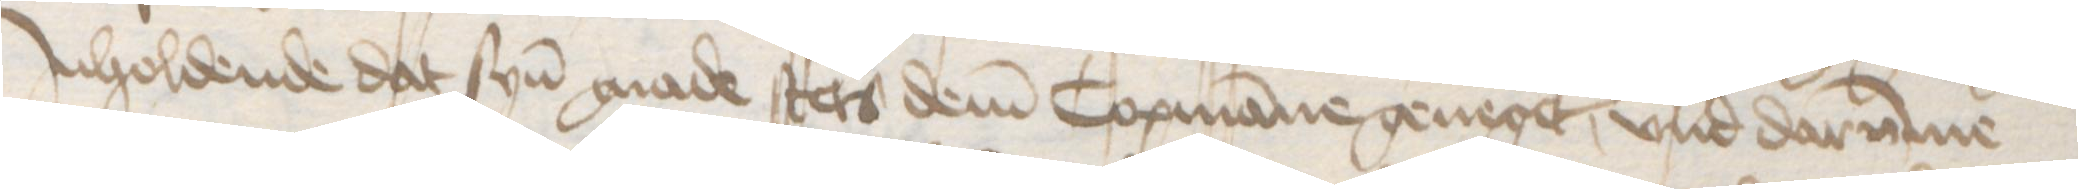
Jnholdende dat syn gnade stets dem Copmanne geneget, vnd darumme